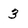
Character: 3